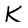
Character: K